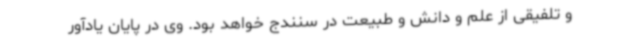
و تلفیقی از علم و دانش و طبیعت در سنندج خواهد بود. وی در پایان یادآور